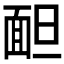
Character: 𩈍